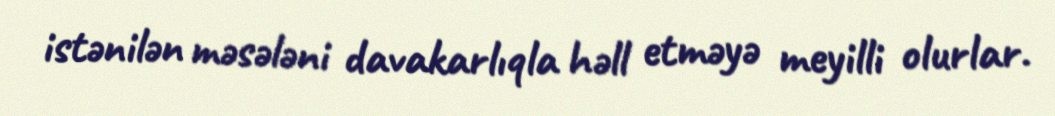
istənilən məsələni davakarlıqla həll etməyə meyilli olurlar.